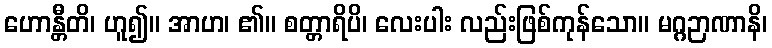
ဟောန္တီတိ၊ ဟူ၍။ အာဟ၊ ၏။ စတ္တာရိပိ၊ လေးပါး လည်းဖြစ်ကုန်သော။ မဂ္ဂဉာဏာနိ၊